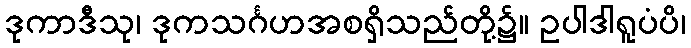
ဒုကာဒီသု၊ ဒုကသင်္ဂဟအစရှိသည်တို့၌။ ဥပါဒါရူပံပိ၊